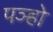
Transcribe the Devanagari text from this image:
पञ्हो